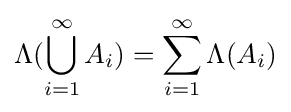
\Lambda (\bigcup _{i=1}^{\infty }A_{i})=\sum _{i=1}^{\infty }\Lambda (A_{i})